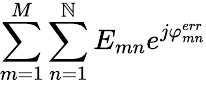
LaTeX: \sum_{m=1}^{M}\sum_{n=1}^{\mathbb{N}}E_{mn}e^{j\varphi_{mn}^{err}}